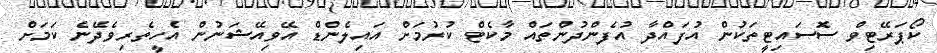
ކޯޕަރޭޓިވް ސޮަސައިޓީތަކުން އުފައްދާ އުފެންދުންތައް މާކެޓް ކުރުމަށް އައިލެންޑް އޭވިއޭޝަނުން އެހީތެރިވެދޭނެ ކަމަށް